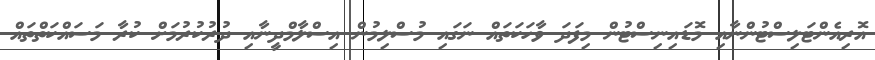
އޮރިއެންޓަލިސްޓުންނާއި މޮޑައިނިސްޓުން މިފަދަ ވާހަކަތައް ނަގައި މުސްލިމުން އިސްލާމްދީނާއި ދުރުކުރުމަށް ކުރާ މަސައްކަތްތައް